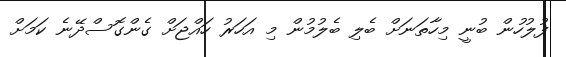
ފުލުހުން ބުނީ މިހާތަނަށް ބެލި ބެލުމުން މި އަހަރު ހައްޖަށް ގެންގޮސްދޭނެ ކަމަށް